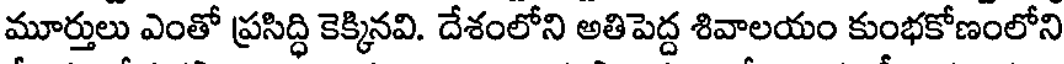
మూర్తులు ఎంతో ప్రసిద్ధి కెక్కినవి. దేశంలోని అతిపెద్ద శివాలయం కుంభకోణంలోని